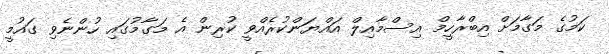
ކަމުގެ މަގާމަށް އިބްރާހީމް އިސްމާއިލް އައްޔަންކުރެއްވީ ކުރިން އެ މަގާމުގައި ހުންނެވި ގައުމީ